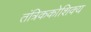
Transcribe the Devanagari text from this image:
तंत्रिककोशिक्य